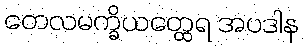
တေလမက္ခိယတ္ထေရ အပဒါန